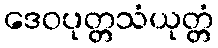
ဒေဝပုတ္တသံယုတ္တံ